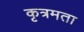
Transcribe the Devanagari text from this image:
कृत्रमता